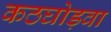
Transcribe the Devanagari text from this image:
कठघोड़वा